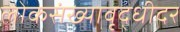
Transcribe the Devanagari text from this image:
लोकसंख्यावृद्धीदर